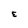
Character: E